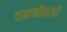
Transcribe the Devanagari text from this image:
टाकळीहाजी